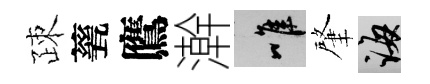
疎甆鷹澣唯肇誨